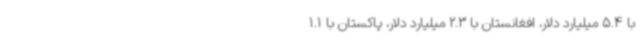
با 5.4 میلیارد دلار، افغانستان با 2.3 میلیارد دلار، پاکستان با 1.1